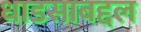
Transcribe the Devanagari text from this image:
धाडसाबद्दल